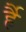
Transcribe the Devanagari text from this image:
र्है